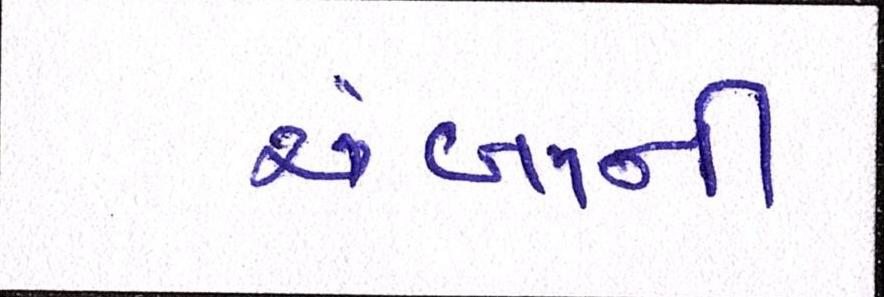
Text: ચંબાની